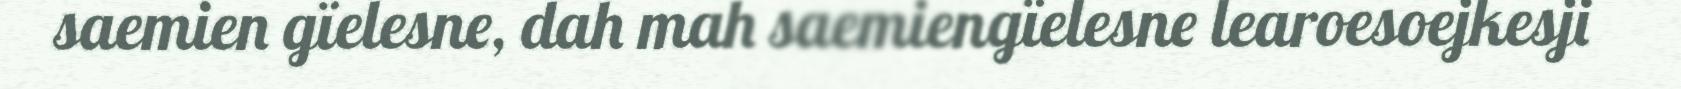
saemien gïelesne, dah mah saemiengïelesne learoesoejkesji